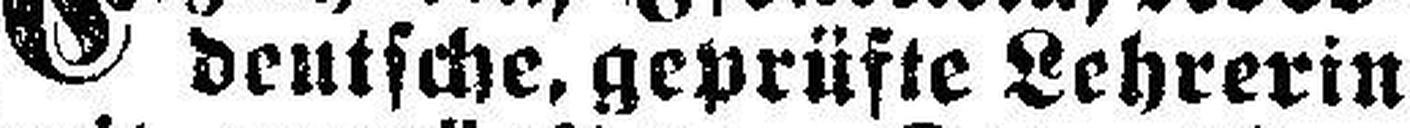
deutsche, geprüfte Lehrerin